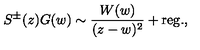
S ^ { \pm } ( z ) G ( w ) { } \sim { } { \frac { W ( w ) } { ( z { } - { } w ) ^ { 2 } } } { } + { } \mathrm { r e g } . { } ,